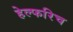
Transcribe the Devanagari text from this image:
हेल्फरिच